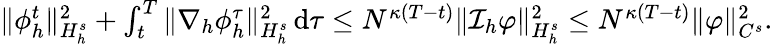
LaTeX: \begin{array}{r}{\| \phi_{h}^{t}\| _{H_{h}^{s}}^{2}+\int_{t}^{T}\| \nabla_{h}\phi_{h}^{\tau}\| _{H_{h}^{s}}^{2}\, \mathrm{d}\tau\leq N^{\kappa(T-t)}\| \mathcal{I}_{h}\varphi\| _{H_{h}^{s}}^{2}\leq N^{\kappa(T-t)}\| \varphi\| _{C^{s}}^{2}.}\end{array}